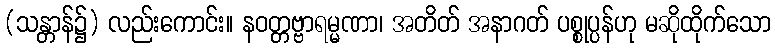
(သန္တာန်၌) လည်းကောင်း။ နဝတ္တဗ္ဗာရမ္မဏာ၊ အတိတ် အနာဂတ် ပစ္စုပ္ပန်ဟု မဆိုထိုက်သော